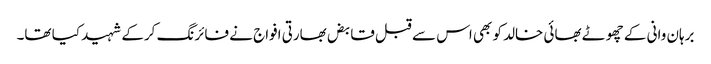
برہان وانی کے چھوٹے بھائی خالد کو بھی اس سے قبل قابض بھارتی افواج نے فائرنگ کرکے شہید کیا تھا۔